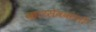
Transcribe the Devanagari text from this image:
कारसेवकांनी